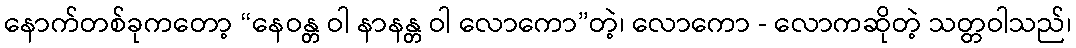
နောက်တစ်ခုကတော့ “နေဝန္တ ဝါ နာနန္တ ဝါ လောကော”တဲ့၊ လောကော - လောကဆိုတဲ့ သတ္တဝါသည်၊